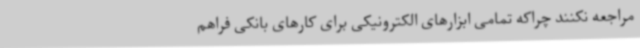
مراجعه نکنند چراکه تمامی ابزارهای الکترونیکی برای کارهای بانکی فراهم